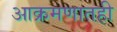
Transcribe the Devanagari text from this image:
आक्रमणातही